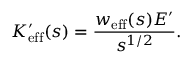
K _ { \mathrm { e f f } } ^ { \prime } ( s ) = \frac { w _ { \mathrm { e f f } } ( s ) E ^ { \prime } } { s ^ { 1 / 2 } } .